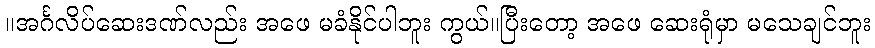
။အင်္ဂလိပ်ဆေးဒဏ်လည်း အဖေ မခံနိုင်ပါဘူး ကွယ်။ပြီးတော့ အဖေ ဆေးရုံမှာ မသေချင်ဘူး